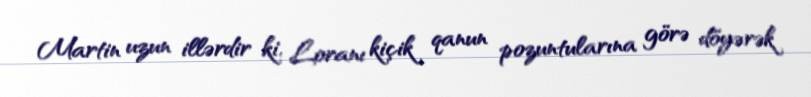
Martin uzun illərdir ki, Loranı kiçik qanun pozuntularına görə döyərək